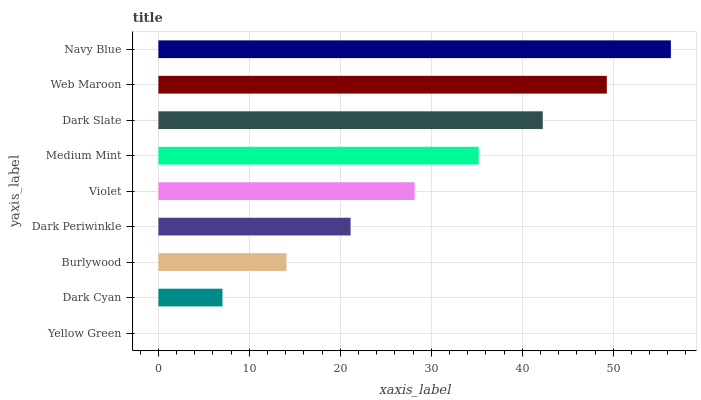
| yaxis_label | bars |
 | --- | --- |
 | Yellow Green | 0 |
 | Dark Cyan | 7.04 |
 | Burlywood | 14.1 |
 | Dark Periwinkle | 21.1 |
 | Violet | 28.2 |
 | Medium Mint | 35.2 |
 | Dark Slate | 42.3 |
 | Web Maroon | 49.3 |
 | Navy Blue | 56.3 |